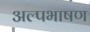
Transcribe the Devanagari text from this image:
अल्पभाषण